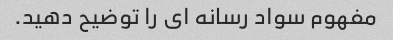
مفهوم سواد رسانه ای را توضیح دهید.